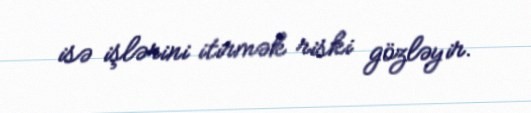
isə işlərini itirmək riski gözləyir.